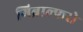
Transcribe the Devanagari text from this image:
गिब्राल्फरो